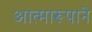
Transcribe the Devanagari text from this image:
आत्मारूपाने